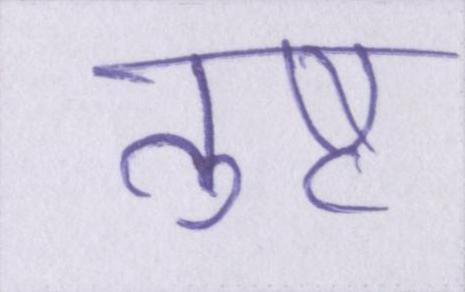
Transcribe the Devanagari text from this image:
तुष्ट